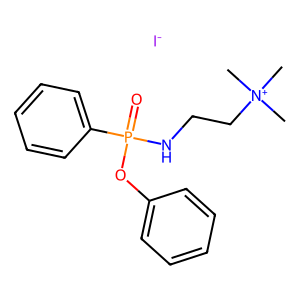
SMILES: C[N+](C)(C)CCNP(=O)(Oc1ccccc1)c1ccccc1.[I-]
Inhibits HIV replication: No